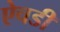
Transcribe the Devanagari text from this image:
ऐचडी